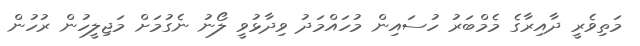
މަތިވެރީ ދާއިރާގެ މެމްބަރު ހުސައިން މުހައްމަދު ވިދާޅުވީ ލޯނު ނެގުމަށް މަޖިލީހުން ރުހުން